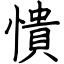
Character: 憒